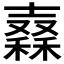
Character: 𥢮